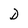
Character: D